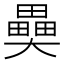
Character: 𤳦